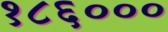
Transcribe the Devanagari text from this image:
१८६०००